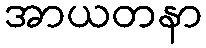
အာယတနာ